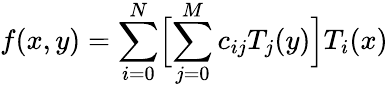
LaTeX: f(x,y)=\sum_{i=0}^{N}\Bigl[\sum_{j=0}^{M}c_{ij}T_{j}(y)\Bigr]T_{i}(x)